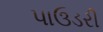
પાઉડરી